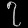
Digit: ၇